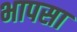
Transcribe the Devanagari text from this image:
भापसा